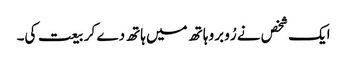
ایک شخص نے رُو برو ہاتھ میں ہاتھ دے کر بیعت کی۔